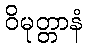
ဝိမုတ္တာနံ